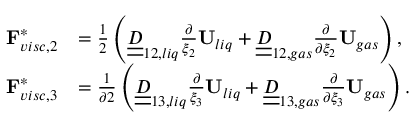
\begin{array} { r l } { \mathbf { F } _ { v i s c , 2 } ^ { * } } & { = \frac { 1 } { 2 } \left( \underline { { \underline { { D } } } } _ { 1 2 , l i q } \frac { \partial } { \xi _ { 2 } } \mathbf { U } _ { l i q } + \underline { { \underline { { D } } } } _ { 1 2 , g a s } \frac { \partial } { \partial \xi _ { 2 } } \mathbf { U } _ { g a s } \right) , } \\ { \mathbf { F } _ { v i s c , 3 } ^ { * } } & { = \frac { 1 } { \partial 2 } \left( \underline { { \underline { { D } } } } _ { 1 3 , l i q } \frac { \partial } { \xi _ { 3 } } \mathbf { U } _ { l i q } + \underline { { \underline { { D } } } } _ { 1 3 , g a s } \frac { \partial } { \partial \xi _ { 3 } } \mathbf { U } _ { g a s } \right) . } \end{array}